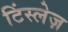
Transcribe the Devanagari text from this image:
टिंस्लेज़